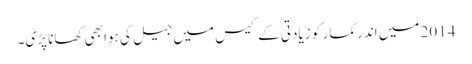
2014 میں اندر کمار کو زیادتی کے کیس میں جیل کی ہوا بھی کھانا پڑی۔